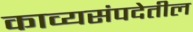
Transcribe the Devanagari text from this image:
काव्यसंपदेतील